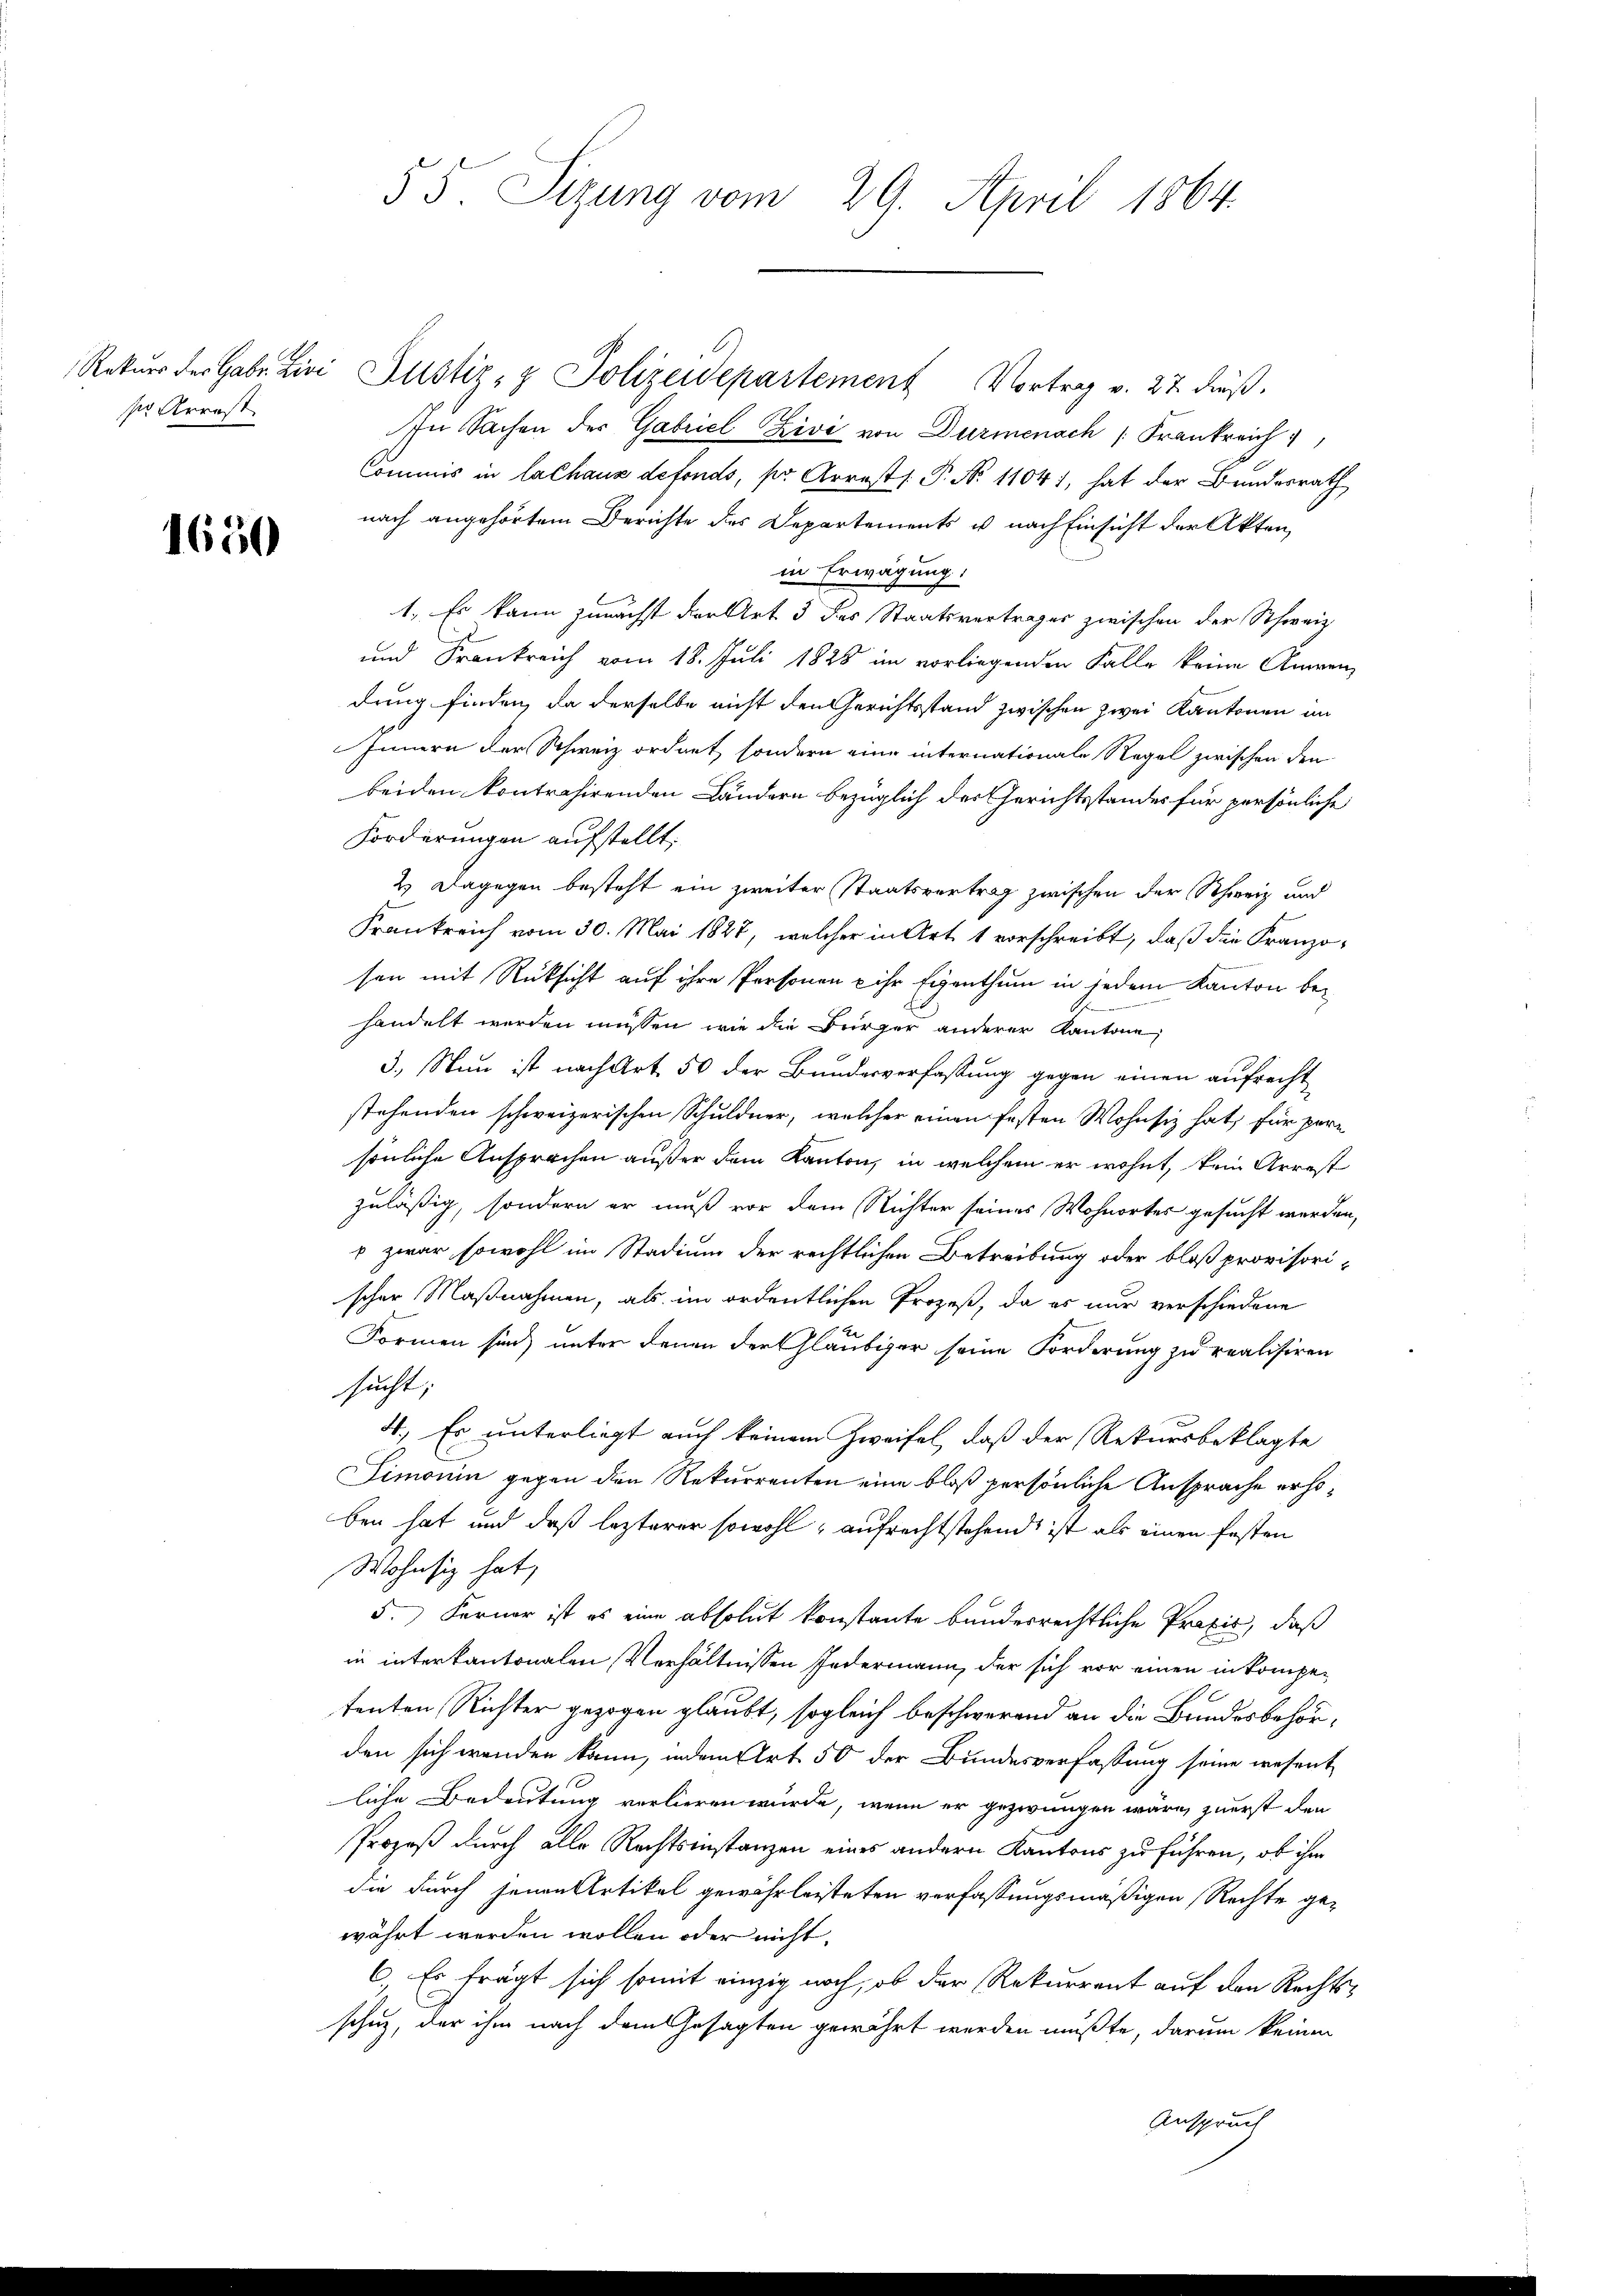
ser Arrest

1650

55. Sizung vom 29. April 1864.

Rekŭrs der Gabe Zivi Justiz- & Polizeidepartement Vortrag v. 27. dieß.
In Sachen der Gabriel Zivi von Dürmenach Frankreich
Commis in lalhaus defonds, pr Arrest P. No 1104), hat der Bundesrath
nach angehörtem Berichte des Departements u. nach Einsicht der Akten,
in Erwägung:
1., Es kann zunächst der Art 3 des Staatsvertrages zwischen der Schweiz.
und Frankreich vom 18. Juli 1828 im vorliegenden Falle keine Anwen-
dung finden, da derselbe nicht den Gerichtsstand zwischen zwei Kantonen im
Innern der Schweiz ordnet, sondern eine internationale Regel zwischen den
beiden kontrahirenden Landern bezüglich der Gerichtsstandes für persönliche
Forderungen aufstellt;
2.) Dagegen besteht ein zweiter Staatsvertrag zwischen der Schweiz und
Frankreich vom 30. Mai 1827, welcher in Art. 1 vorschreibt, daß die Franzosen mit Rüksicht auf ihre Personen & ihr Eigenthum in jedem Kanton behandelt werden müssen, wie die Bürger anderer Kantone
3. Nun ist nach Art 50 der Bundesverfassung gegen einen aufrecht
stehenden schweizerischen Schuldner, welcher einen festen Wohnsiz hat, für pere
sönliche Ansprachen außer dem Kanton, in welchem er wohnt, kein Arrest
zuläßig, sondern er muß vor dem Richter seines Wohnorter gesucht werden,
 zwar sowohl im Stadium der rechtlichen Betreibung oder bloß provisori-
scher Maßnahmen, als im ordentlichen Prozeß, da es nur verschiedene
Formen sind, unter denen der Gläubiger seine Forderung zu realisiren
sucht;
4., Es unterliegt auch keinem Zweifel, daß der Rekursbeklagte
Simonin gegen den Rekurrenten eine bloß persönliche Ansprache erhoben hat und daß lezterer sowohl, aufrechtstehend ist als einen festen
Wohnsiz hat,
5.) Ferner ist es eine absolut konstante bundesrechtliche Praxis, daß
in interkantonalen, Verhältnissen Jedermann, der sich vor einen in kompetenten Richter gezogen glaubt, sogleich beschwerend an die Brindesbehörden sich wenden kann, indem Art 50 der Bundesverfassung seine wesent
liche Bedeutung verlieren würde, wenn er gezwungen wäre, zuerst den
Prozeß durch alle Rechtsinstanzen eines andern Kantons zu führen, ob ihm
die durch jenen Artikel gewährleisteten verfassungsmäßigen Rechte gewährt werden wollen oder nicht.
6 Es fragt sich somit einzig noch, ob der Rekurrent auf den Rechtsschuz, der ihm nach dem Gesagten gewährt werden mußte, darum keinen
Anspruch